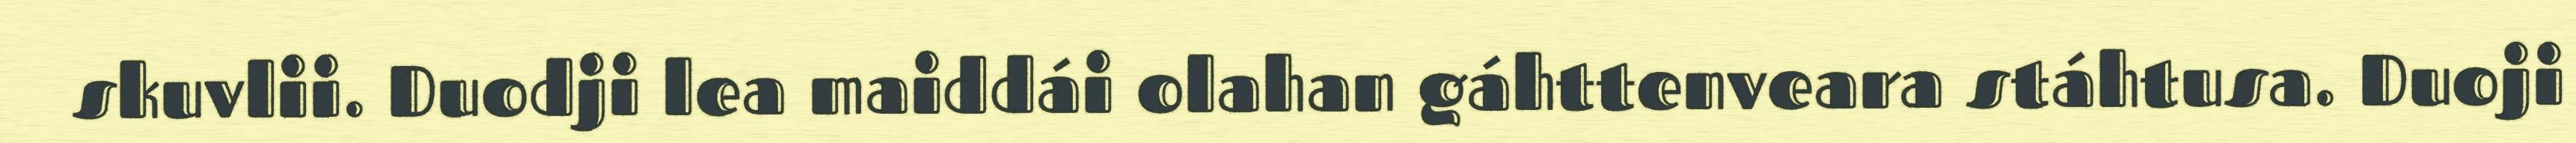
skuvlii. Duodji lea maiddái olahan gáhttenveara stáhtusa. Duoji